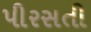
પીરસતી